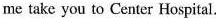
me take you to Center Hospital.